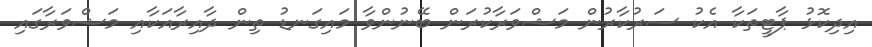
އިދިކޮޅު ޕާޓީތަކާ އެކު ސަރުކާރުން މަޝްވަރާކުރަން ބޭނުންވާ މައިގަނޑު ތިން ދާއިރާއަކާއި މަޝްވަރާގައި